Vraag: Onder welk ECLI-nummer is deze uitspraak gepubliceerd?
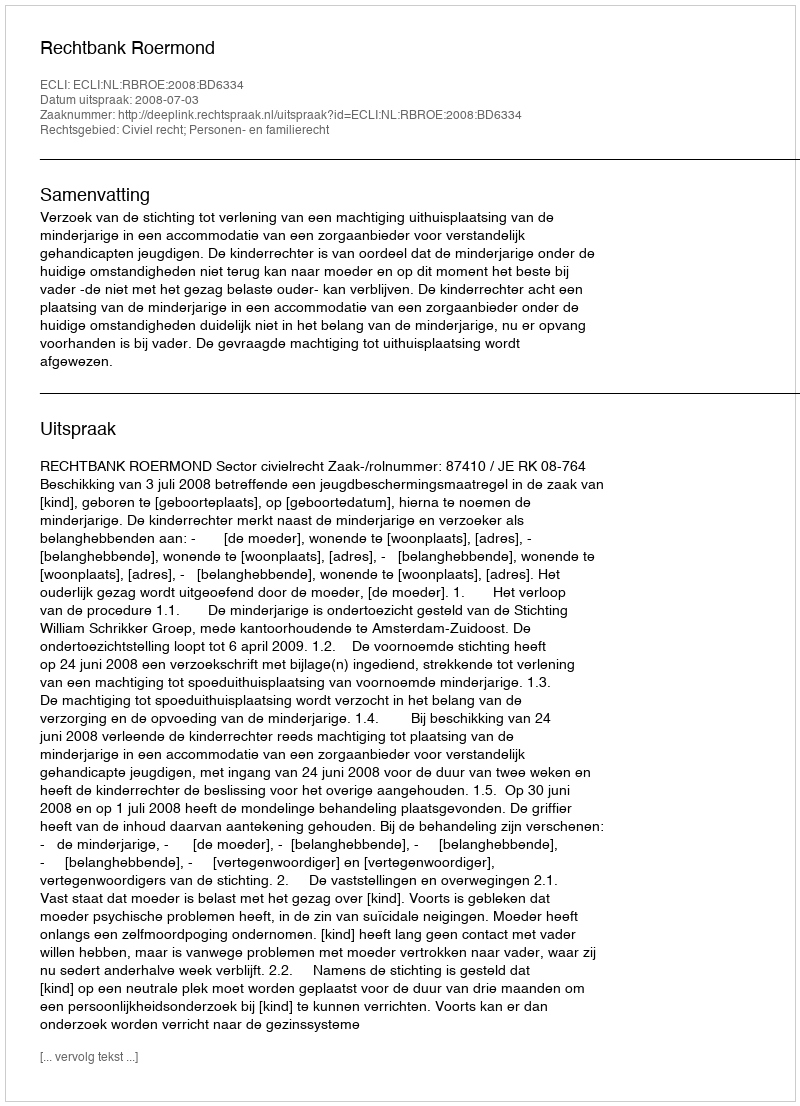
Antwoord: ECLI:NL:RBROE:2008:BD6334